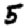
Digit: 5